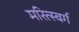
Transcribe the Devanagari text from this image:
मरित्स्बर्ग